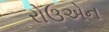
રોઉએન